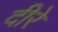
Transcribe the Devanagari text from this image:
दीरे